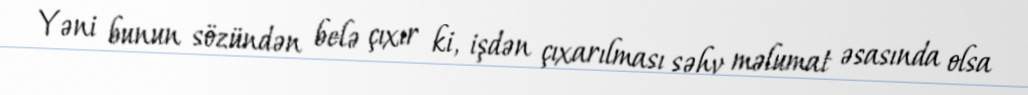
Yəni bunun sözündən belə çıxır ki, işdən çıxarılması səhv məlumat əsasında olsa